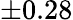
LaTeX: \pm 0.28